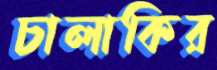
চালাকির